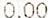
0.00